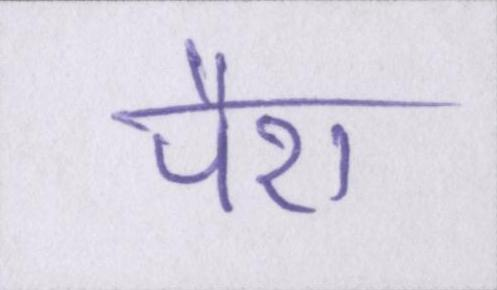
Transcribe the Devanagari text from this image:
पैरा